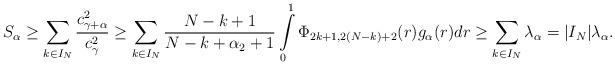
LaTeX: \begin{align*} S_{\alpha}&\geq \sum\limits_{k\in I_N} \frac{c_{\gamma+\alpha}^{2}}{c_{\gamma}^2}\geq\sum\limits_{k\in I_{N}}\frac{N-k+1}{N-k+\alpha_2+1}\int\limits_{0}^{1}\Phi_{2k+1,2(N-k)+2}(r)g_{\alpha}(r)dr\geq \sum\limits_{k\in I_N} \lambda_{\alpha}=|I_{N}|\lambda_{\alpha}.\end{align*}